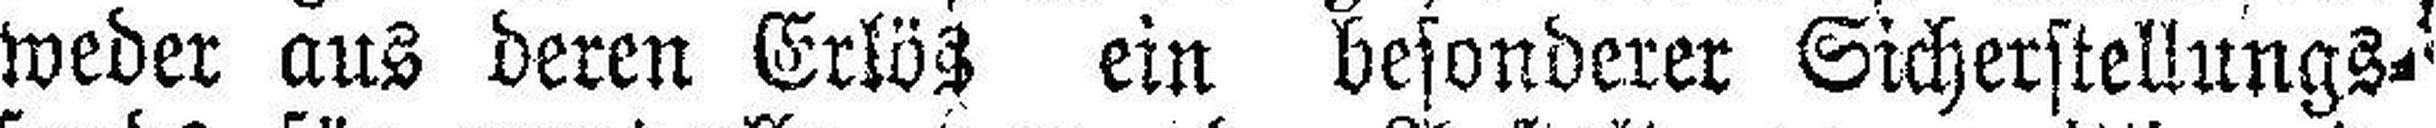
weder aus deren Erlös ein besonderer Sicherstellungs¬